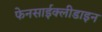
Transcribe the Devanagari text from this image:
फेनसाईक्लीडाइन